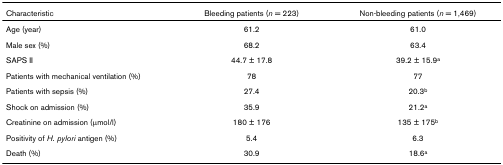
<table><thead><tr><td><b>Characteristic</b></td><td><b>Bleeding patients (<i>n </i>= 223)</b></td><td><b>Non-bleeding patients (<i>n </i>= 1,469)</b></td></tr></thead><tbody><tr><td>Age (year)</td><td>61.2</td><td>61.0</td></tr><tr><td>Male sex (%)</td><td>68.2</td><td>63.4</td></tr><tr><td>SAPS II</td><td>44.7 ± 17.8</td><td>39.2 ± 15.9<sup>a</sup></td></tr><tr><td>Patients with mechanical ventilation (%)</td><td>78</td><td>77</td></tr><tr><td>Patients with sepsis (%)</td><td>27.4</td><td>20.3<sup>b</sup></td></tr><tr><td>Shock on admission (%)</td><td>35.9</td><td>21.2<sup>a</sup></td></tr><tr><td>Creatinine on admission (μmol/l)</td><td>180 ± 176</td><td>135 ± 175<sup>b</sup></td></tr><tr><td>Positivity of <i>H. pylori </i>antigen (%)</td><td>5.4</td><td>6.3</td></tr><tr><td>Death (%)</td><td>30.9</td><td>18.6<sup>a</sup></td></tr></tbody></table>